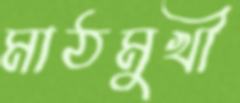
মাঠমুখী